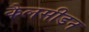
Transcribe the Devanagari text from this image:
कैलसीडन